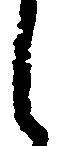
し